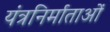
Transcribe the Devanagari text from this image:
यंत्रनिर्माताओं